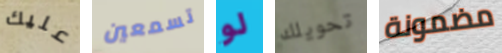
عليك تسمعين لو تحويلك مضمونة